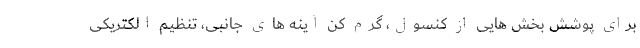
برای پوشش بخش هایی از کنسول، گرم کن آینه های جانبی، تنظیم الکتریکی